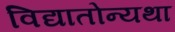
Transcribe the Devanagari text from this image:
विद्यातोन्यथा